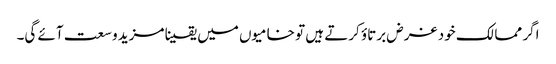
اگر ممالک خود غرض برتاؤ کرتے ہیں تو خامیوں میں یقینا مزید وسعت آئے گی۔